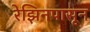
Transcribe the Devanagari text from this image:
रेझिनपासून